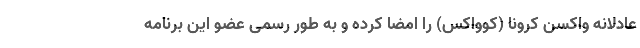
عادلانه واکسن کرونا (کوواکس) را امضا کرده و به طور رسمی عضو این برنامه